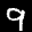
Label: 9